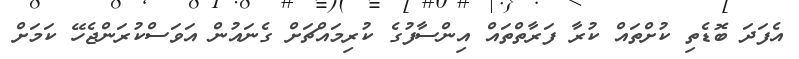
އެފަދަ ބޮޑެތި ކުށްތައް ކުރާ ފަރާތްތައް އިންސާފުގެ ކުރިމައްޗަށް ގެނައުން އަވަސްކުރަންޖެހޭ ކަމަށް